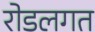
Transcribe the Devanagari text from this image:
रोडलगत